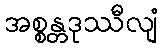
အစ္စန္တဒုဿီလျံ